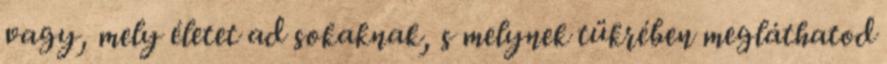
vagy, mely életet ad sokaknak, s melynek tükrében megláthatod